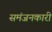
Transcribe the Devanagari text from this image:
समंजनकारी